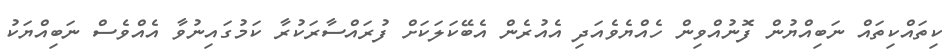
ކިތައްކިތައް ނަބިއްޔުން ފޮނުއްވިން ހެއްޔެވެއަދި އެއުރެން އެބޭކަލަކަށް ފުރައްސާރަކުރާ ކަމުގައިނުވާ އެއްވެސް ނަބިއްޔަކު